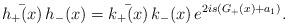
LaTeX: \begin{align*}\bar{h_+(x)}\,h_-(x)=\bar{k_+(x)}\,k_-(x)\,e^{2is(G_+(x)+a_1)}.\end{align*}